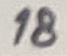
Text: 18